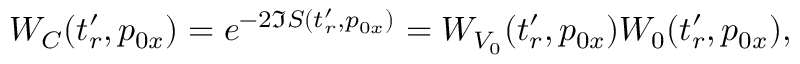
W _ { C } ( t _ { r } ^ { \prime } , p _ { 0 x } ) = e ^ { - 2 \Im S ( t _ { r } ^ { \prime } , p _ { 0 x } ) } = W _ { V _ { 0 } } ( t _ { r } ^ { \prime } , p _ { 0 x } ) W _ { 0 } ( t _ { r } ^ { \prime } , p _ { 0 x } ) ,